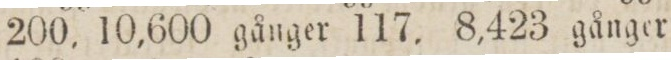
200, 10,600 gånger 117. 8,423 gånger